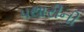
પથારીની